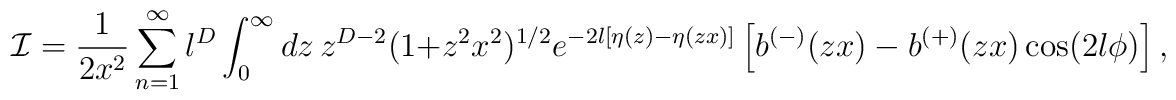
{\mathcal{I}}=\frac{1}{2x^{2}}\sum_{n=1}^{\infty}l^{D}\int_{0}^{\infty }dz\,z^{D-2}(1+z^{2}x^{2})^{1/2}e^{-2l[\eta(z)-\eta (zx)]}\left[ b^{(-)}(zx)-b^{(+)}(zx)\cos (2l\phi )\right],